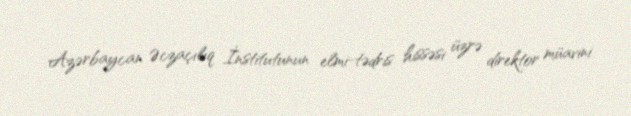
Azərbaycan Əczaçılıq İnstitutunun elmi-tədris hissəsi üzrə direktor müavini